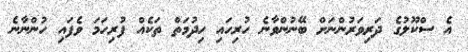
އެ ސްކޫލުގެ ދަރިވަރުންނަށް ބޭނުންވާނެ ހުރިހައި ހިދުމަތް ތަކެއް ފުރިހަމަ ވެފައި ހުންނާނެ